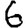
Digit: 6